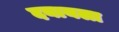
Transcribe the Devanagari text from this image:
दयायला